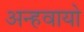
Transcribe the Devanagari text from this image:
अन्‍हवायो